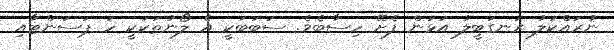
ނުރައްކަލު ރަނގަބީލު އަޅަން ފެށޭ ހިސާބެވެ. ސަބަބަކީ އެ ލޯނުތަކަކީ ހަ ޕަސަންޓާއި